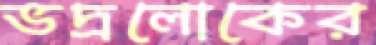
ভদ্রলোকের